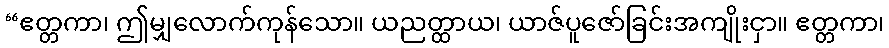
“ဧတ္တကာ၊ ဤမျှလောက်ကုန်သော။ ယညတ္ထာယ၊ ယာဇ်ပူဇော်ခြင်းအကျိုးငှာ။ ဧတ္တကာ၊